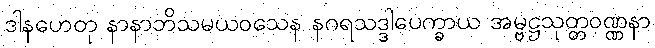
ဒါနဟေတု နာနာဘိသမယဝသေန နဂရသဒ္ဒါပေက္ခာယ အမ္ဗဋ္ဌသုတ္တဝဏ္ဏနာ